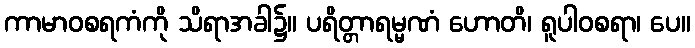
ကာမာဝစရကံကို သိရာအခါ၌။ ပရိတ္တာရမ္မဏံ ဟောတိ၊ ရူပါဝစရာ၊ ပေ။